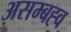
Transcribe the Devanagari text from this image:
असम्बह्व